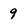
Character: 9